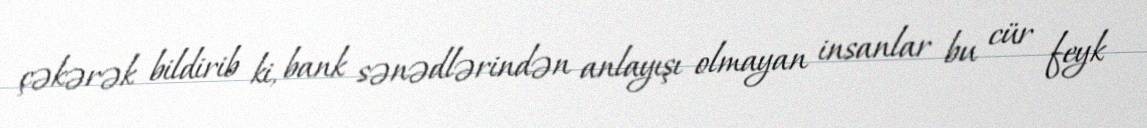
çəkərək bildirib ki, bank sənədlərindən anlayışı olmayan insanlar bu cür feyk